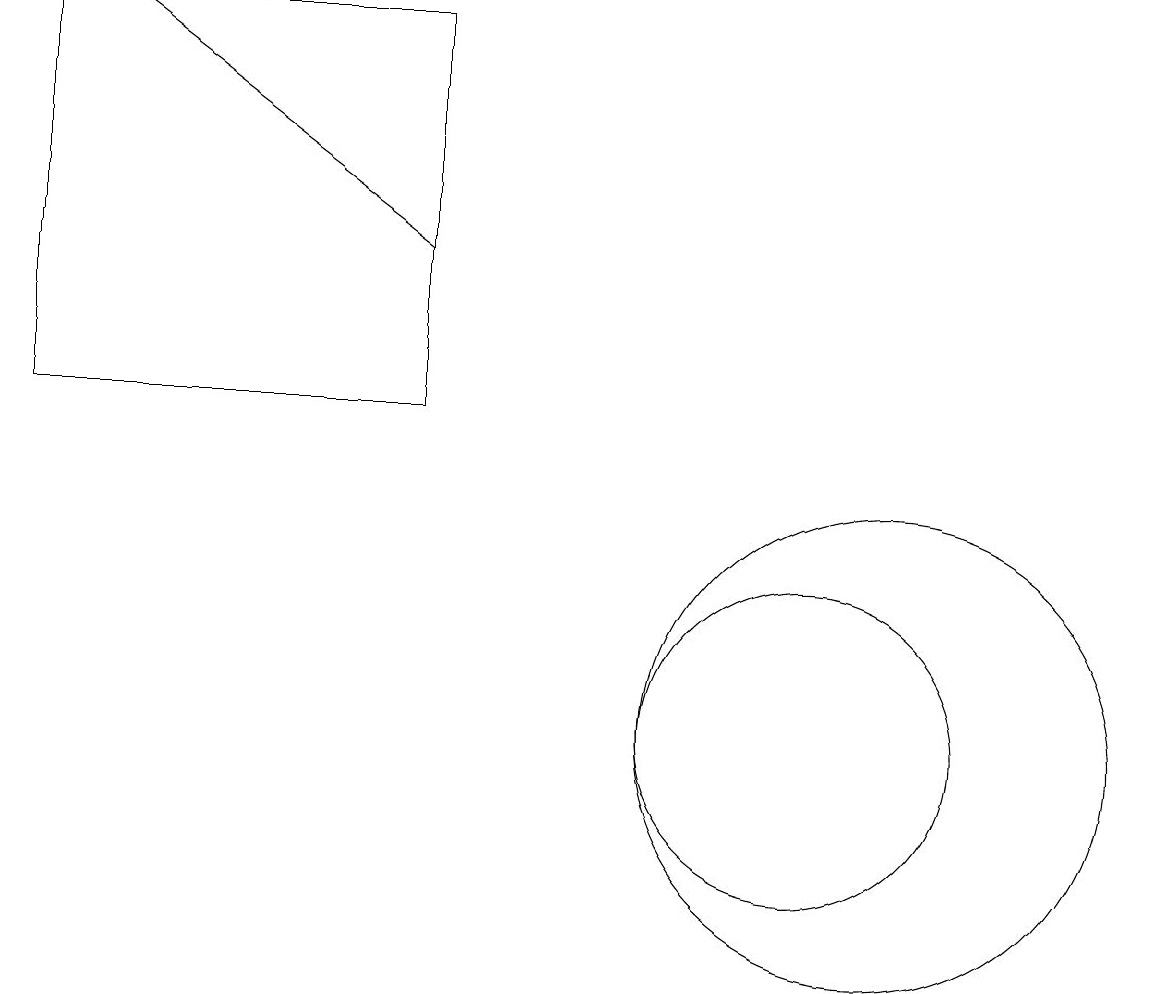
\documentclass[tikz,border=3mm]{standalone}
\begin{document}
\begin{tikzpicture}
\draw[->] (6,16) -- (2,19);
\draw (11,10) circle (2);
\draw (12,10) circle (3);
\draw (1,19) rectangle (6,14);
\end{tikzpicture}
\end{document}